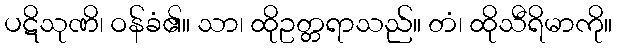
ပဋိသုဏိ၊ ဝန်ခံ၏။ သာ၊ ထိုဥတ္တရာသည်။ တံ၊ ထိုသီရိမာကို။